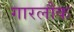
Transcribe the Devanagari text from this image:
गारलौक